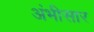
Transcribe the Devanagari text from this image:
अंभीसार